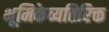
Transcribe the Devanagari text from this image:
भूमिकेव्यतिरिक्त